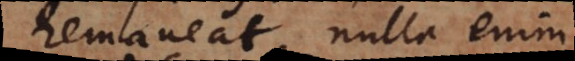
remaneat; nulla enim